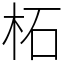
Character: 柘